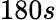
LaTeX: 180s